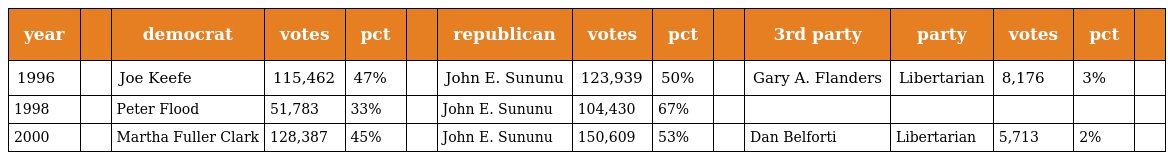
| year |  | democrat | votes | pct |  | republican | votes | pct |  | 3rd party | party | votes | pct |  |
 | --- | --- | --- | --- | --- | --- | --- | --- | --- | --- | --- | --- | --- | --- | --- |
 | 1996 |  | Joe Keefe | 115,462 | 47% |  | John E. Sununu | 123,939 | 50% |  | Gary A. Flanders | Libertarian | 8,176 | 3% |  |
 | 1998 |  | Peter Flood | 51,783 | 33% |  | John E. Sununu | 104,430 | 67% |  |  |  |  |  |  |
 | 2000 |  | Martha Fuller Clark | 128,387 | 45% |  | John E. Sununu | 150,609 | 53% |  | Dan Belforti | Libertarian | 5,713 | 2% |  |